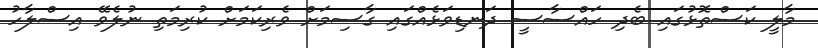
މާލީ ކަސްތޮޅުގައި ބެދި ހައްސާސީ ދަނޑިވަޅެއްގައި ގާސިމަށް ވެރިކަމަށް ކުރިމަތި ނުލެވޭ އިސްލާހު